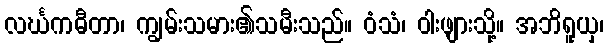
လင်္ဃကဓီတာ၊ ကျွမ်းသမား၏သမီးသည်။ ဝံသံ၊ ဝါးဖျားသို့။ အဘိရူယှ၊